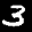
Label: 3